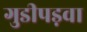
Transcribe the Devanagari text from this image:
गुडीपड़वा